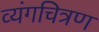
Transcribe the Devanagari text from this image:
व्यंगचित्रण